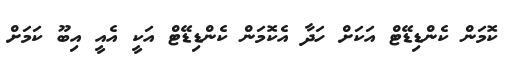
ކޮމަން ކެންޑިޑޭޓް އަކަށް ހަދާ އެކޮމަން ކެންޑިޑޭޓް އަކީ އެއީ އިބޫ ކަމަށް